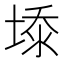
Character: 𰊆